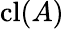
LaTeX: \operatorname{cl}(A)